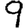
Digit: 9